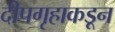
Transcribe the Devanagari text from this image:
दीपगृहाकडून